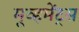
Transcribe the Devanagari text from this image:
मूव्हमेंट्स